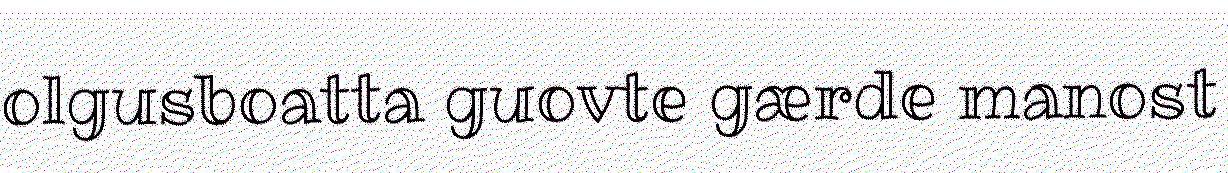
olgusboatta guovte gærde manost